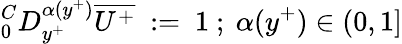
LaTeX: ^C_{0}D_{y^{+}}^{\alpha(y^{+})}\overline{{U^{+}}}~:=~1~;~\alpha(y^{+})\in(0,1]